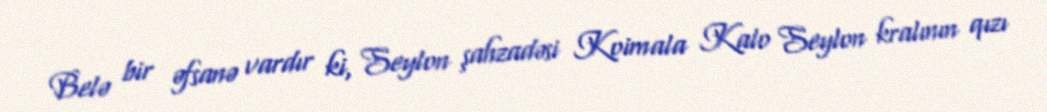
Belə bir əfsanə vardır ki, Seylon şahzadəsi Koimala Kalo Seylon kralının qızı